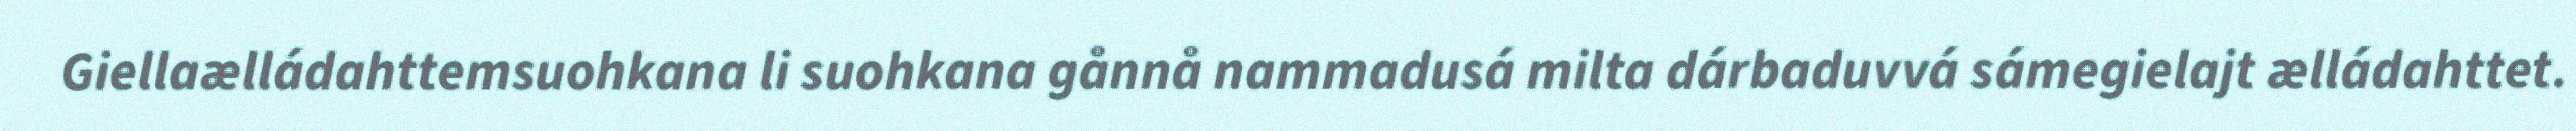
Giellaælládahttemsuohkana li suohkana gånnå nammadusá milta dárbaduvvá sámegielajt ælládahttet.